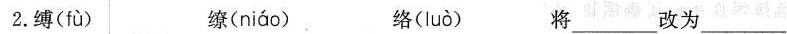
2.缚( fu ) 缭( niao ) 络( luo )将___改为___